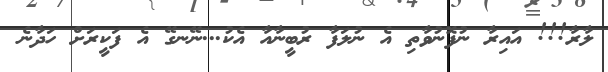
ލާރާ!!! އައިރާ ނުފޮނުވާތި އެ ނުލަފާ ރުބީނާއާ އެކު...ނޭނގޭ އެ ފަކީރަށް ހަދާނެ